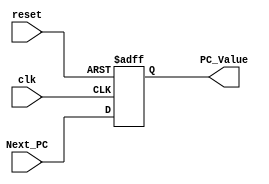
/******************************************************************
* Description
*	This is a register of 32-bit that corresponds to the PC counter. 
*	This register does not have an enable signal.
* Version:
*	1.0
* Author:
*	Dr. Jos Luis Pizano Escalante
* email:
*	luispizano@iteso.mx
* Date:
*	16/08/2021
*
* Modified by:
*	IS727550 - Diaz Aguayo; IS727272 - Cordero Hernandez
******************************************************************/

module PC_Register
#(
	parameter N=32
)
(
	input clk,
	input reset,
	input  [N-1:0] Next_PC,
	
	
	output reg [N-1:0] PC_Value
);

localparam PC = 32'h003fc000;

always@(negedge reset or posedge clk) begin
	if(reset==0)
		PC_Value <= PC;
	else	
		PC_Value<= Next_PC;
end

endmodule